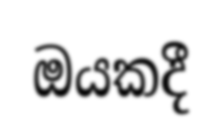
ඔයකදී